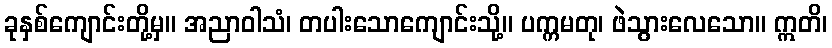
ခုနှစ်ကျောင်းတို့မှ။ အညာဝါသံ၊ တပါးသောကျောင်းသို့။ ပက္ကမတု၊ ဖဲသွားလေသော။ ဣတိ၊